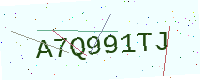
Text: A7Q991TJ